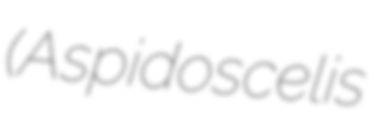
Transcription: (Aspidoscelis